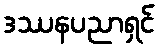
ဒဿနပညာရှင်